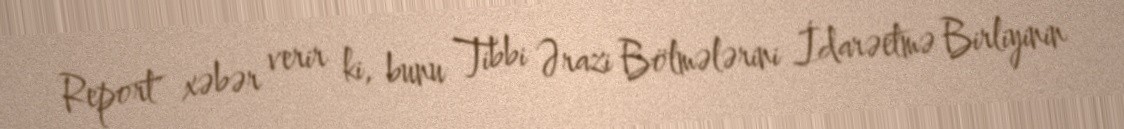
Report" xəbər verir ki, bunu Tibbi Ərazi Bölmələrini İdarəetmə Birliyinin